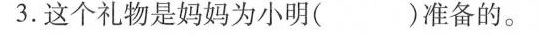
3.这个礼物是妈妈为小明（ ）准备的。